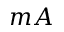
m A